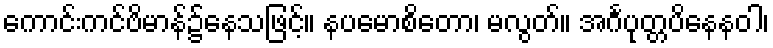
ကောင်းကင်ဗိမာန်၌နေသဖြင့်။ နပမောစိတော၊ မလွတ်။ အင်္ဂပုတ္တပိနေနဝါ၊